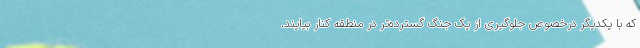
که با یکدیگر درخصوص جلوگیری از یک جنگ گسترده‌تر در منطقه کنار بیایند.